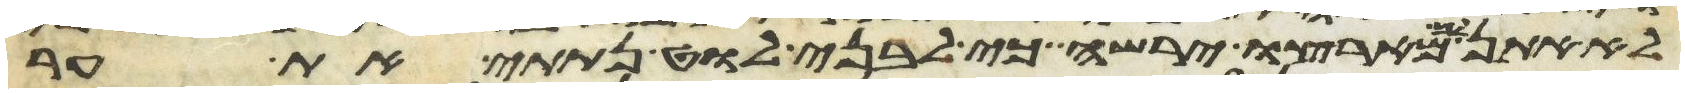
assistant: לא אתן לך מארצו ירשה כי לבני לוט נתתי את ער